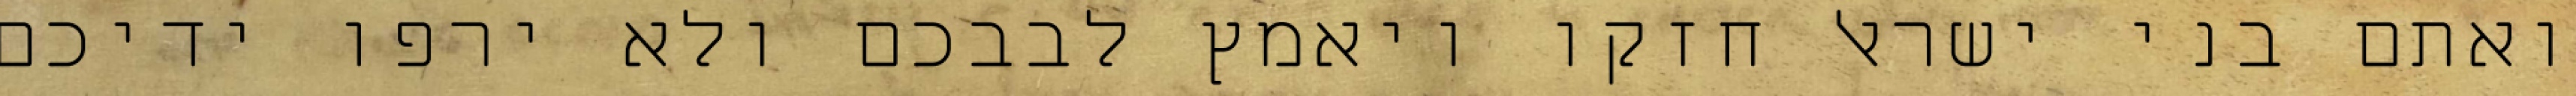
ואתם בני ישראל חזקו ויאמץ לבבכם ולא ירפו ידיכם